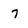
Character: 7